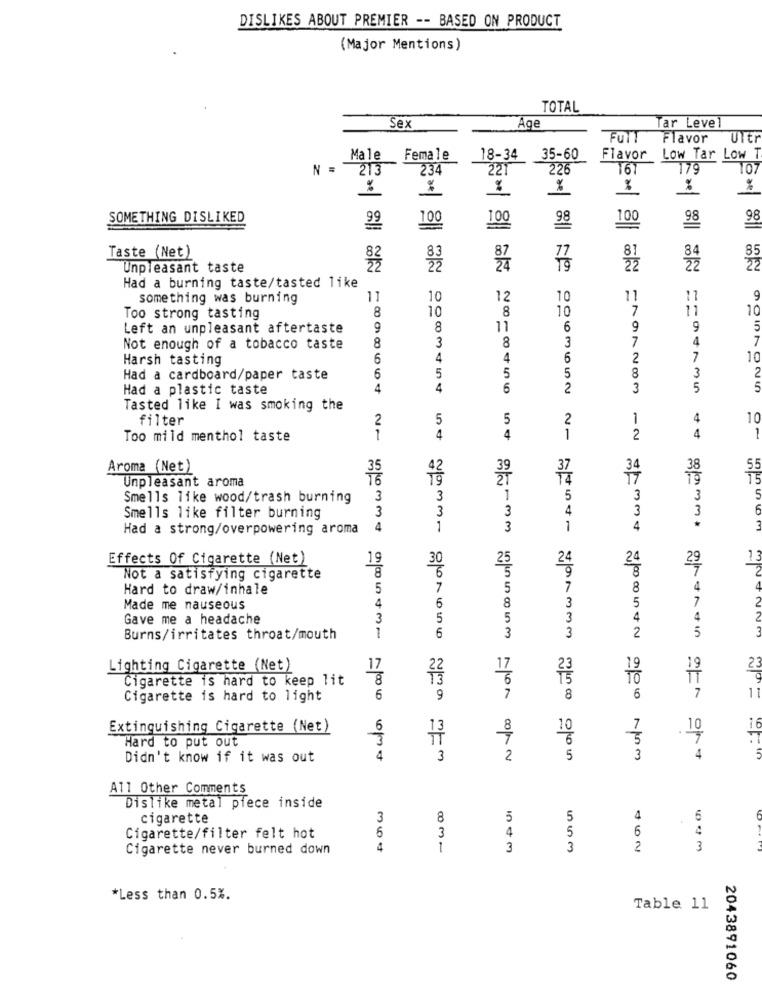
DISLIKES ABOUT PREMIER -- BASED ON PRODUCT
(Major Mentions)
TOTAL
far Level
Sex
Åge
FUT!
Flavor
UTEr
Male Female
18-34 35-60
Flavor Low Tar Low T
N =
213
234
22
226
167
179
%
%
%
%
%
SOMETHING DISLIKED
100
100
98
100
98
98
Taste (Net)
85
Unpleasant taste
22
22
22
Had a burning taste/tasted like
something was burning
11
10
12
10
11
11
9
8
10
8
10
7
11
10
Too strong tasting
Left an unpleasant aftertaste
8
11
6
9
9
5
8
3
8
3
7
4
7
Not enough of a tobacco taste
Harsh tasting
16
4
4
6
2
7
10
5
5
5
8
3
2
Had a cardboard/paper taste
6
Had a plastic taste
4
4
6
2
3
5
5
Tasted like I was smoking the
filter
5
5
2
1
4
10
Too mild menthol taste
21
4
4
1
2
4
1
Aroma (Net)
42
34
38
Unpleasant aroma
19
Smells like wood/trash burning
3
3
5
3
3
3
3
3
4
3
3
5.LO
Smells like filter burning
Had a strong/overpowering aroma
4
gomme
1
3
1
4
3
Effects Of Cigarette (Net)
19
30
25
24
24
13
5
9
Not a satisfying cigarette
Hard to draw/inhale
5
7
5
7
8
4
Made me nauseous
4
6
8
3
5
7
Gave me a headache
3
5
5
3
4
4
6
5
Burns/irritates throat/mouth
1
3
3
2
Lighting Cigarette (Net)
17
22
17
23
Cigarette is hard to keep lit
13
19
Cigarette is hard to light
6
9
7
8
3/1000
6
7
11
Extinguishing Cigarette (Net)
6
13
10
7
10
16
Hard to put out
6
3
Didn't know if it was out
4
3
2
5
3
4
All Other Comments
Dislike metal piece inside
cigarette
3
8
5
5
4
6
5
4
5
6
4
Cigarette/filter felt hot
3
Cigarette never burned down
1
3
3
2
3
*Less than 0.5%.
Table 11
2043891060